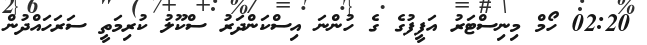
02:20 ހޯމް މިނިސްޓަރު އަފީފުގެ ގެ ހުންނަ އިސްކަންދަރު ސްކޫލު ކުރިމަތީ ސަރަހައްދުން